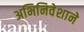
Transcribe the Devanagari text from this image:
अभिनिवेशाने